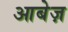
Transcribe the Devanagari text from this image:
आबेज़